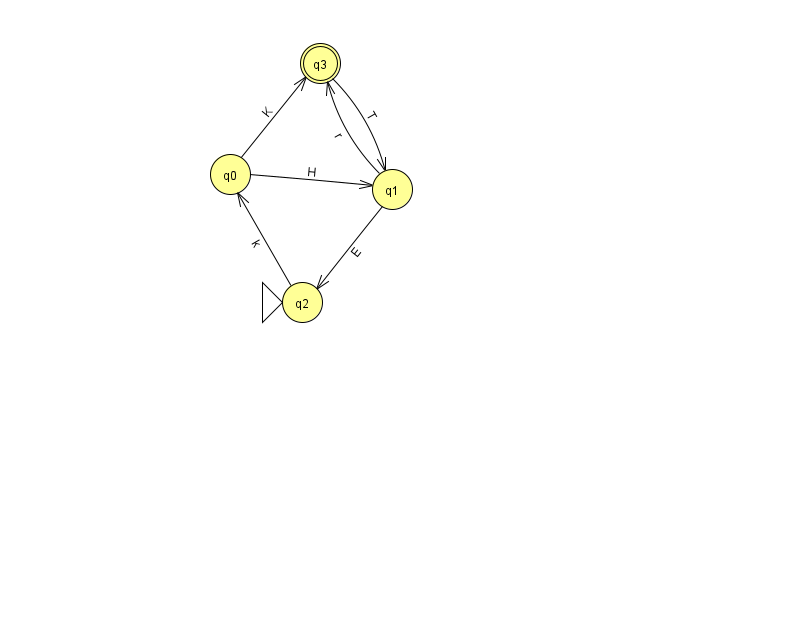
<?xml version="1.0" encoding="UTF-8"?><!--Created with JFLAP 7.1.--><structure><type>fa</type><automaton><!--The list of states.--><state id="0" name="q0"><x>230.0</x><y>161.0</y></state><state id="1" name="q1"><x>392.0</x><y>176.0</y></state><state id="2" name="q2"><x>302.0</x><y>289.0</y><initial/></state><state id="3" name="q3"><x>320.0</x><y>50.0</y><final/></state><!--The list of transitions.--><transition><from>0</from><to>1</to><read>H</read></transition><transition><from>1</from><to>3</to><read>r</read></transition><transition><from>0</from><to>3</to><read>K</read></transition><transition><from>3</from><to>1</to><read>T</read></transition><transition><from>1</from><to>2</to><read>E</read></transition><transition><from>2</from><to>0</to><read>k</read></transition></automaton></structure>